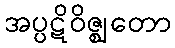
အပ္ပဋိဝိဇ္ဈတော